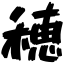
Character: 穂